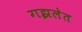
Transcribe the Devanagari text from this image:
गझलेत